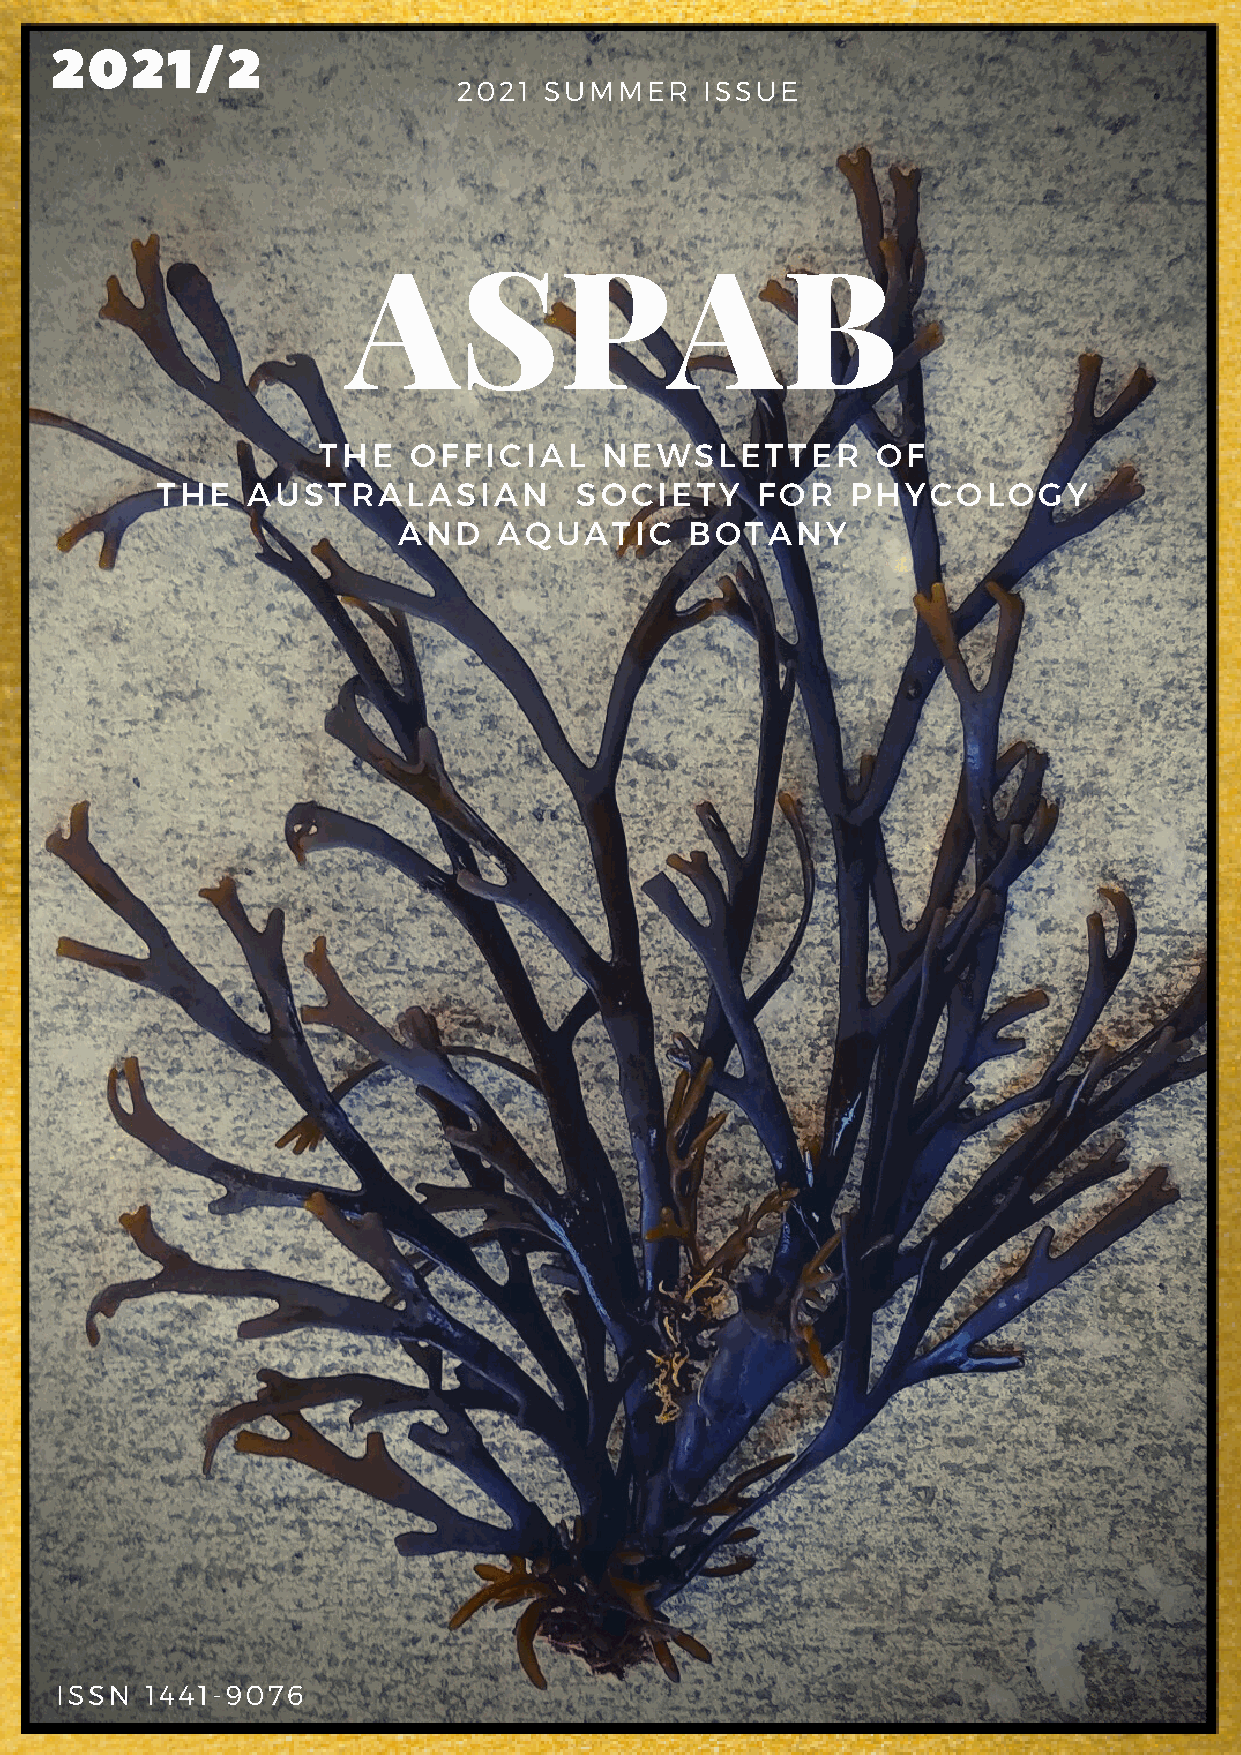
2021/2
 2021  SUMMER     ISSUE
 ASPAB
 THE   OFFICIAL     NEWSLETTER        OF
 THE   AUSTRALASIAN          SOCIETY     FOR   PHYCOLOGY
 AND    AQUATIC      BOTANY
 ISSN  1441-9076